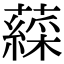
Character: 𧀊